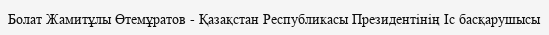
Болат Жамитұлы Өтемұратов - Қазақстан Республикасы Президентінің Іс басқарушысы